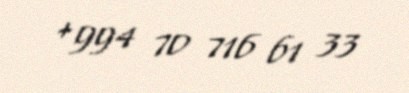
+994 70 716 61 33